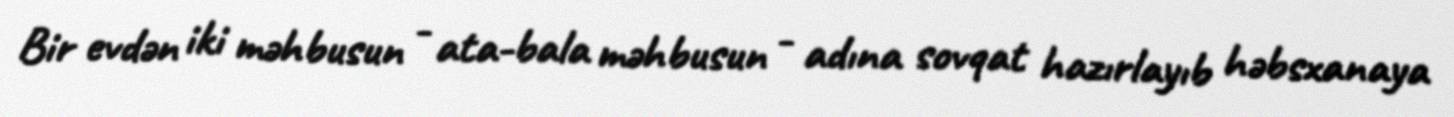
Bir evdən iki məhbusun - ata-bala məhbusun - adına sovqat hazırlayıb həbsxanaya